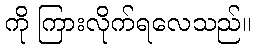
ကို ကြားလိုက်ရလေသည်။